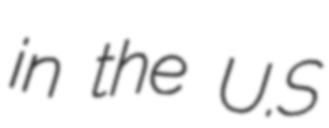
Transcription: in the U.S